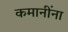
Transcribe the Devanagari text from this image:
कमानींना